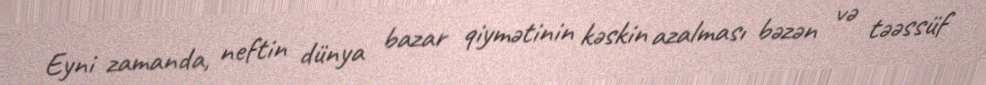
Eyni zamanda, neftin dünya bazar qiymətinin kəskin azalması bəzən və təəssüf